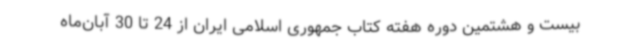
بیست‌ و هشتمین دوره هفته کتاب جمهوری اسلامی ایران از 24 تا 30 آبان‌ماه